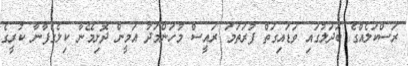
ރަސްކަލެއްގެ ބަދަލުގައި ވަޑައިގަތް ފުރަތަމަ ރައީސް މުހަންމަދު އަމީން ދޮށިމޭނާ ކިލެގެފާނާ ކުރީގެ